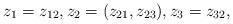
LaTeX: \begin{align*}z_1=z_{12}, z_2=(z_{21},z_{23}), z_3=z_{32},\end{align*}